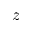
z